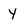
Character: Y